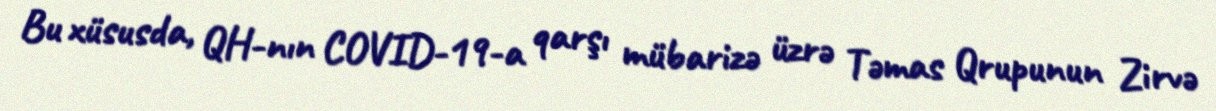
Bu xüsusda, QH-nın COVID-19-a qarşı mübarizə üzrə Təmas Qrupunun Zirvə